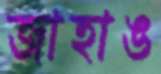
জাহাঙ